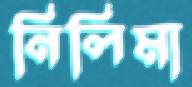
নিলিমা